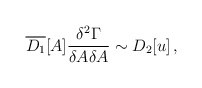
\begin{align*}\overline{D_1}[A]\frac{\delta ^2\Gamma }{\delta A\delta A} \sim D_2[u]\,,\end{align*}